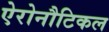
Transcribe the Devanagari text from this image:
ऐरोनौटिकल